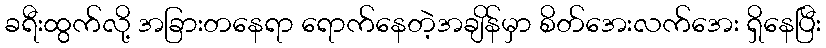
ခရီးထွက်လို့ အခြားတနေရာ ရောက်နေတဲ့အချိန်မှာ စိတ်အေးလက်အေး ရှိနေပြီး